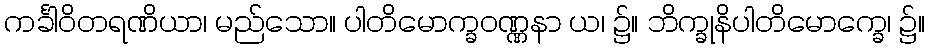
ကင်္ခါဝိတရဏိယာ၊ မည်သော။ ပါတိမောက္ခဝဏ္ဏနာ ယ၊ ၌။ ဘိက္ခုနိပါတိမောက္ခေ၊ ၌။